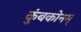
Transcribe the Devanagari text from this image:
कुंबकोनम्